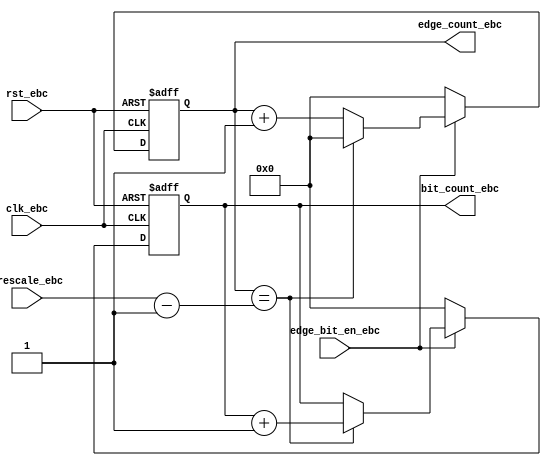
module edge_bit_counter  (
 input   wire           clk_ebc,
 input   wire           rst_ebc,
 input   wire           edge_bit_en_ebc,
 input   wire  [4:0]         prescale_ebc,
 output  reg   [3:0]         edge_count_ebc,
 output  reg   [3:0]         bit_count_ebc
);

always @(posedge clk_ebc or negedge rst_ebc)
   begin
     if(!rst_ebc)
       begin
         edge_count_ebc<=0;
       end
     else if(edge_bit_en_ebc)
       begin
         if(edge_count_ebc==(prescale_ebc-4'b1))
           begin
             edge_count_ebc<=0;
           end
         else
           begin
            edge_count_ebc<=edge_count_ebc+1; 
           end
          end
        else
          begin
           edge_count_ebc<=0 ;
          end
           
       end
  //////////////////////////////////////////////
  always @(posedge clk_ebc or negedge rst_ebc)
   begin
     if(!rst_ebc)
       begin
         bit_count_ebc<=0;
       end
     else if(edge_bit_en_ebc)
       begin
         if(edge_count_ebc==(prescale_ebc-4'b1))
           begin
             bit_count_ebc<=bit_count_ebc+1;
           end
          end
        else
          begin
          bit_count_ebc<=0 ;
          end
           
       end
  
 



endmodule